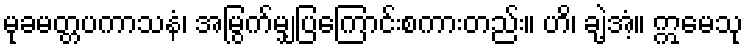
မုခမတ္တပကာသနံ၊ အမြွက်မျှပြကြောင်းစကားတည်း။ ဟိ၊ ချဲ့အံ့။ ဣမေသု